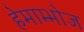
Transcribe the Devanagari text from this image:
हेमाम्भोज